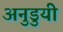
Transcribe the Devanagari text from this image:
अनुडुयी